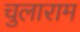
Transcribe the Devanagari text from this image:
चुलाराम